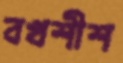
বখশীশ